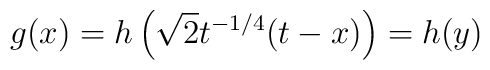
g(x)=h\left(\sqrt{2} t^{-1/4}(t-x)\right)=h(y)